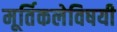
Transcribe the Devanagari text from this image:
मूर्तिकलेविषयी